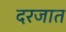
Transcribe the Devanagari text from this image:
दरजात